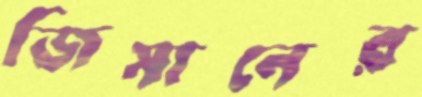
জিসানের